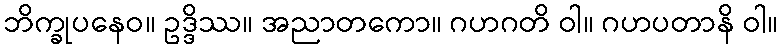
ဘိက္ခုပနေဝ။ ဥဒ္ဒိဿ။ အညာတကော။ ဂဟဂတိ ဝါ။ ဂဟပတာနိ ဝါ။